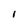
Character: i